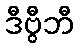
ဒီဗွီဘီ